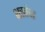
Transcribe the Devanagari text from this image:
शस्रांचा